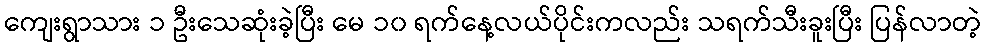
ကျေးရွာသား ၁ ဦးသေဆုံးခဲ့ပြီး မေ ၁၀ ရက်နေ့လယ်ပိုင်းကလည်း သရက်သီးခူးပြီး ပြန်လာတဲ့